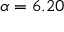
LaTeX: \alpha = 6 . 2 0